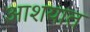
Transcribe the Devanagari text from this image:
आशयात